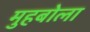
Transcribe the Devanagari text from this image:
मुहबोला